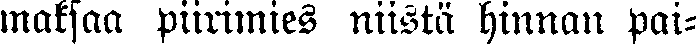
maksaa piirimies niistä hinnan pai-